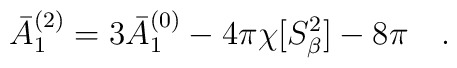
\bar{A}_1^{(2)}=3\bar{A}_1^{(0)}-4\pi\chi[S^2_\beta]-8\pi~~~.